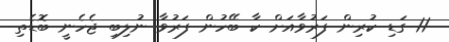
11 ގަޑި ކުރިން ފަރުވާއަށް ކާ ބޭހުން ފަރުވާ ނުލިބި ޖެހެނީ ބޮޑެތި